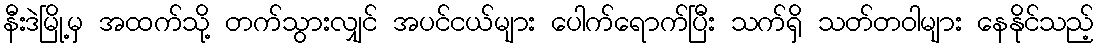
နီးဒဲမြို့မှ အထက်သို့ တက်သွားလျှင် အပင်ငယ်များ ပေါက်ရောက်ပြီး သက်ရှိ သတ်တဝါများ နေနိုင်သည့်